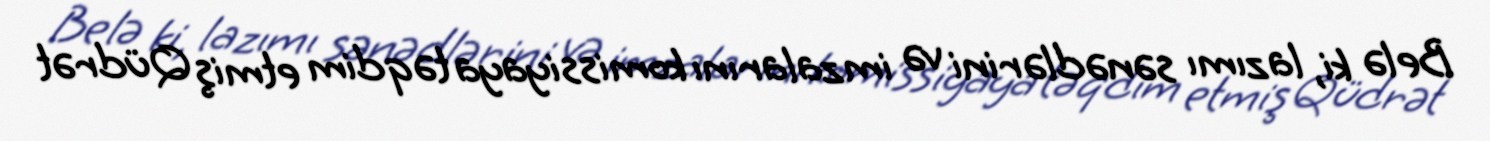
Belə ki, lazımı sənədlərini və imzalarını komissiyaya təqdim etmiş Qüdrət